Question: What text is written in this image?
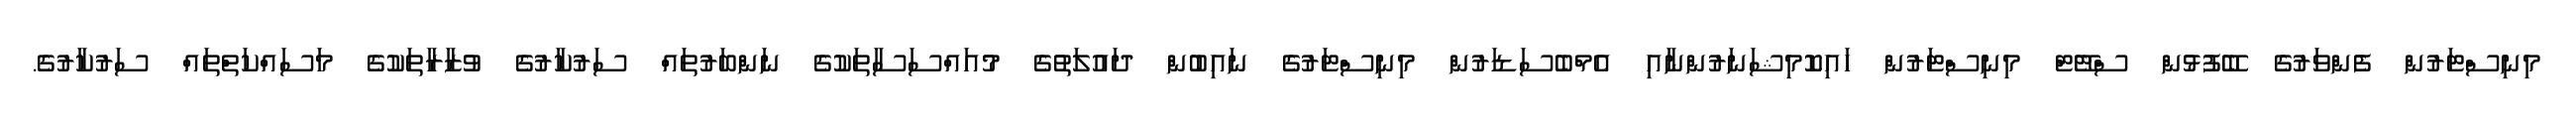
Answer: މިނިސްޓަރުން ފެންވަރުގެ ބޭފުޅުން ސްޓޭޓް މިނިސްޓަރުން ހައިކޮމިޝަނަރުންނާއި އެމްބެސަޑަރުން މިނިސްޓަރުގެ ނައިބުން ދައުލަތުގެ މުއައްސަސާތަކުގެ ނަންބަރުތައް ސަރުކާރުގެ ވުޒާރާތަކުގެ މަސައްކަތްތައް ސަރުކާރުގެ.